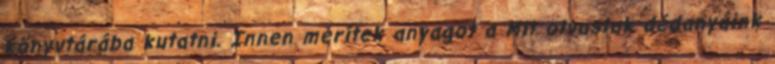
könyvtárába kutatni. Innen merítek anyagot a Mit olvastak dédanyáink